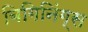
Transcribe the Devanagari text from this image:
बिगिनिंग्स